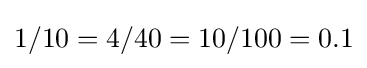
1/10=4/40=10/100=0.1